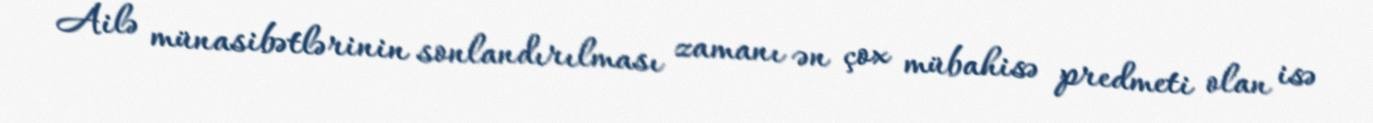
Ailə münasibətlərinin sonlandırılması zamanı ən çox mübahisə predmeti olan isə